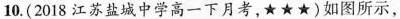
10.(2018江苏盐城中学高一下月考，★★★)如图所示，